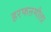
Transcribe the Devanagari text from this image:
हरफऩमौला